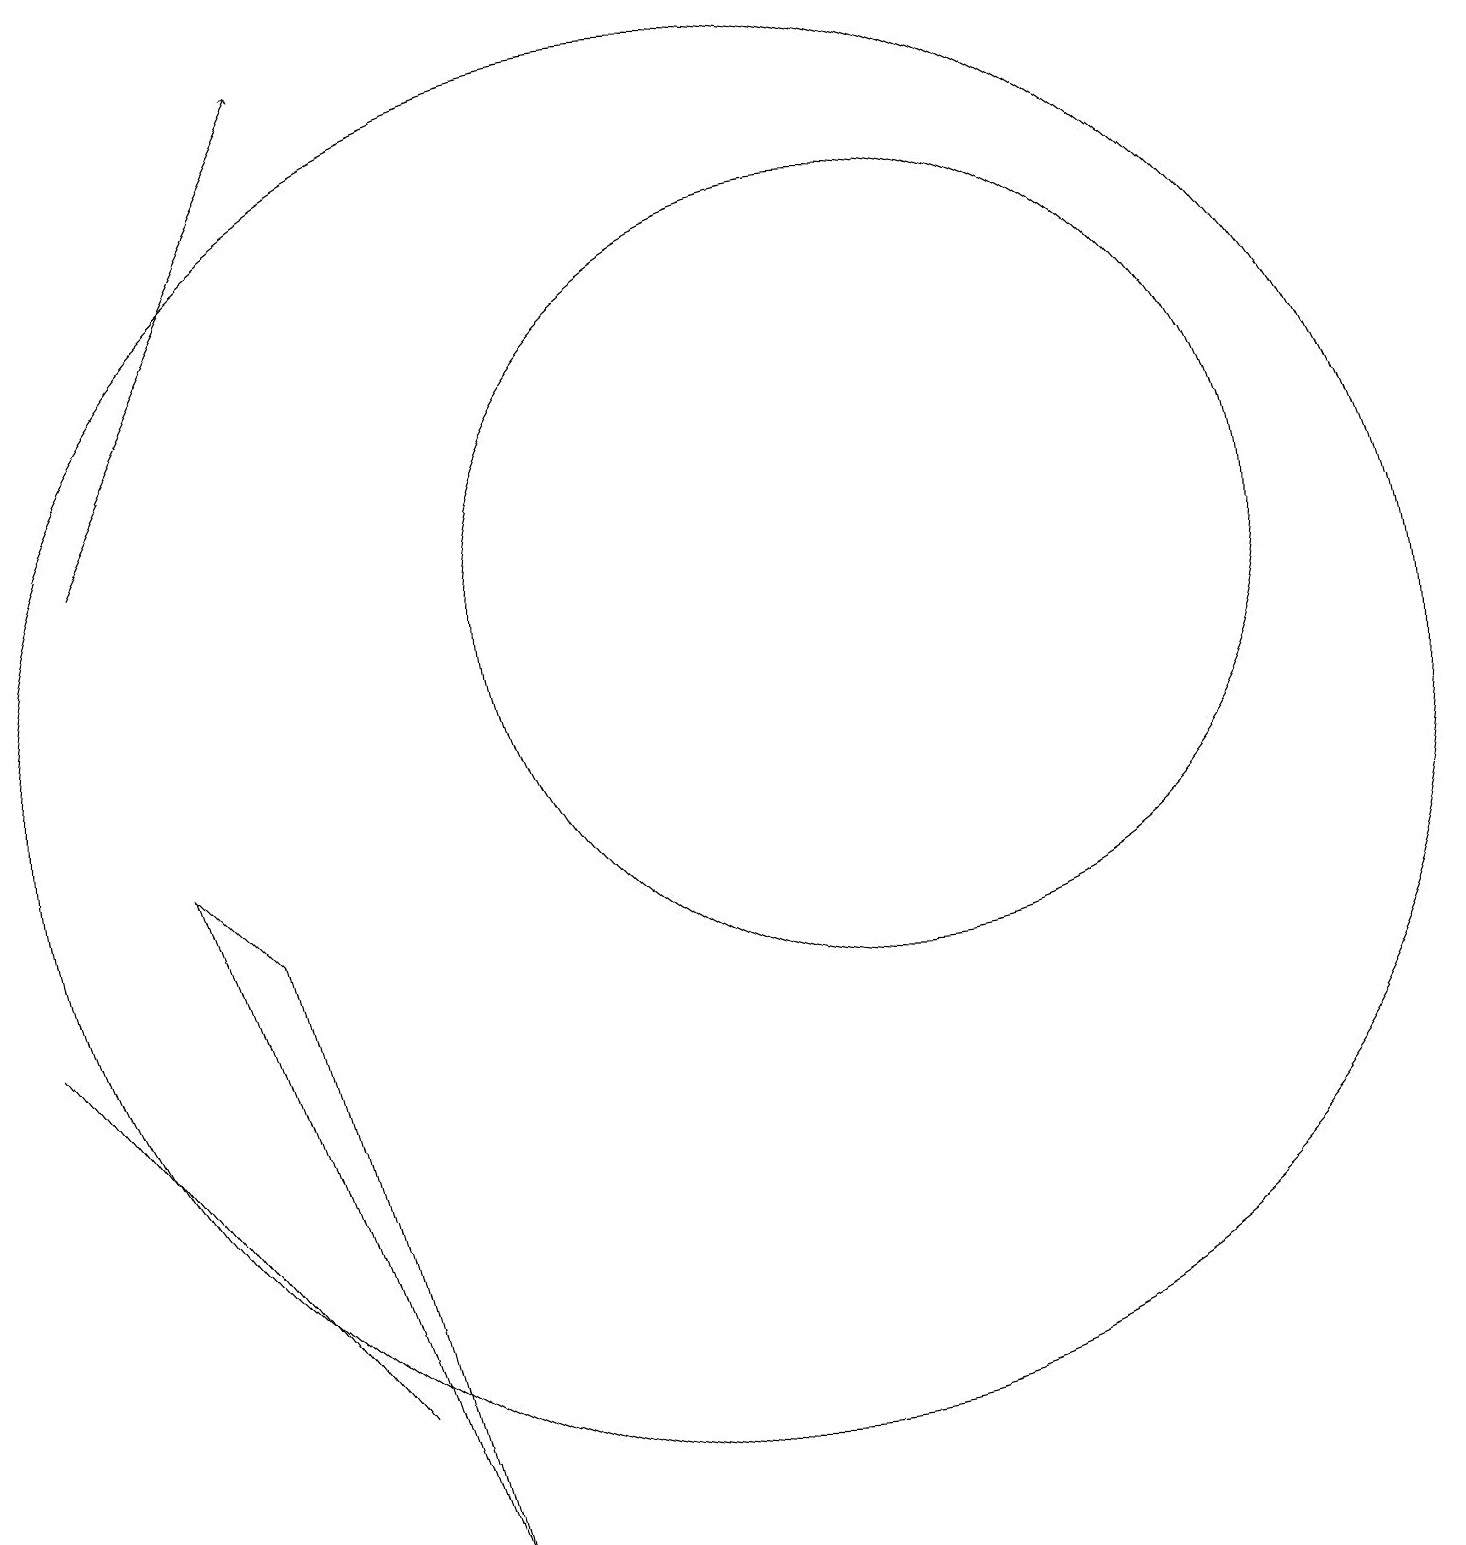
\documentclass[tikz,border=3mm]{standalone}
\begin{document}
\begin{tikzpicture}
\draw (1,7) -- (5,2) -- (5,2) -- cycle;
\draw[->] (2,13) -- (5,19);
\draw (12,12) circle (5);
\draw (10,10) circle (9);
\draw (3,9) -- (6,0) -- (4,8) -- cycle;
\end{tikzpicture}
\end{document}